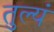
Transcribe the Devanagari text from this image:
तुल्यं